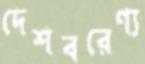
দেশবরেণ্য